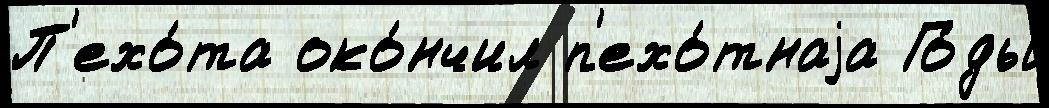
П'ехо́та око́нчил п'ехо́тнаjа Го́ды